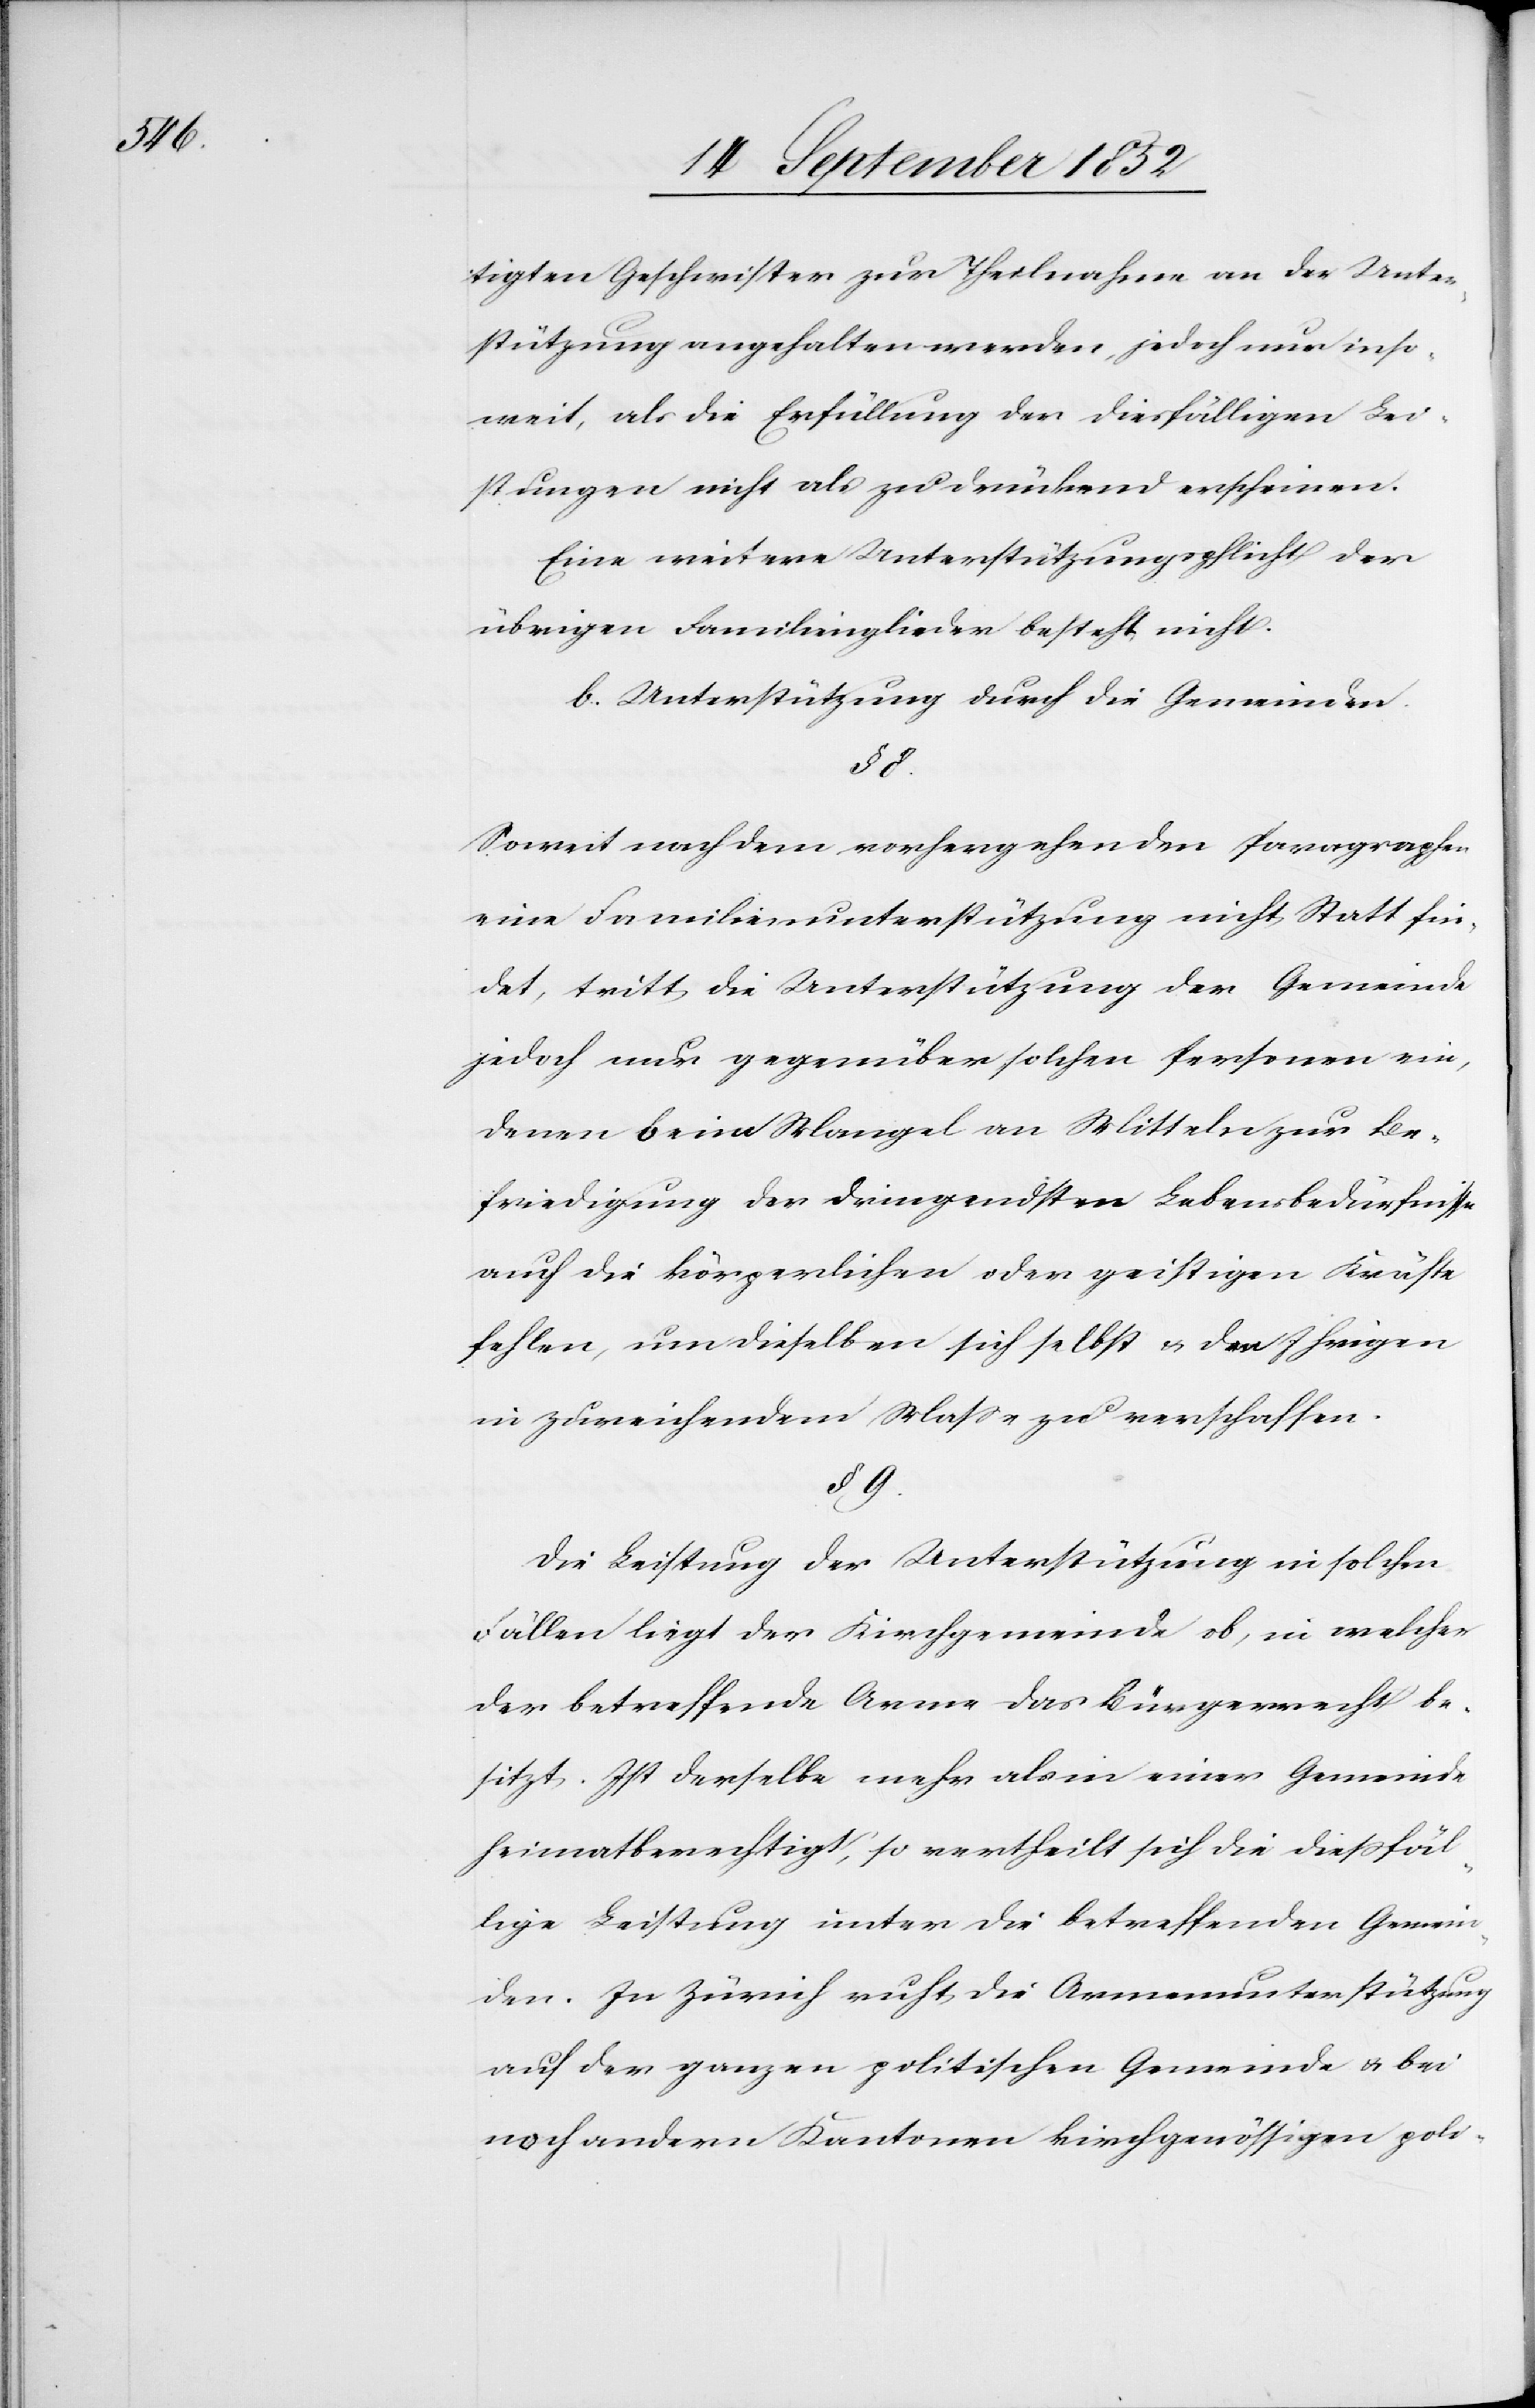
tigten Geschwister zur Theilnahme an der Unter¬
stützung angehalten werden, jedoch nur inso¬
weit, als die Erfüllung der diesfälligen Lei¬
stungen nicht als zu drückend erscheinen
Eine weitere Unterstützungspflicht der
übrigen Familienglieder besteht nicht.
b. Unterstützung durch die Gemeinden.
§ 8.
Soweit nach dem vorhergehenden Paragraphen
eine Familienunterstützung nicht Statt fin¬
det, tritt die Unterstützung der Gemeinde
jedoch nur gegenüber solchen Personen ein,
denen beim Mangel an Mitteln zur Be¬
friedigung der dringendsten Lebensbedürfnisse
auch die körperlichen oder geistigen Kräfte
fehlen, um dieselben sich selbst & den Ihrigen
in zureichendem Masse zu verschaffen.
§ 9.
Die Leistung der Unterstützung in solchen
Fällen liegt der Kirchgemeinde ob, in welcher
der betreffende Arme das Bürgerrecht be¬
sitzt. Ist derselbe mehr als in einer Gemeinde
heimatberechtigt, so vertheilt sich die diessfäl¬
lige Leistung unter die betreffenden Gemein¬
den. In Zürich ruht die Armenunterstützung
auf der ganzen politischen Gemeinde & bei
noch andern Kantonen kirchgenössigen poli-